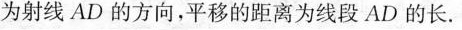
为射线AD的方向，平移的距离为线段AD的长。